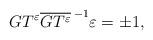
LaTeX: \begin{align*}GT^\varepsilon {\overline{GT^\varepsilon}\,}^{-1}\varepsilon=\pm 1, \end{align*}